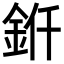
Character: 𬫊